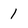
Character: 1